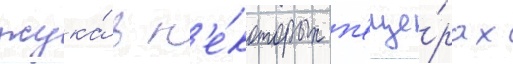
жука́ в н'е́которых п'еще́рах